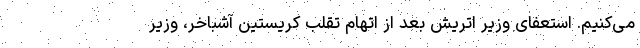
می‌کنیم. استعفای وزیر اتریش بعد از اتهام تقلب کریستین آشباخر، وزیر